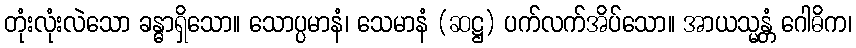
တုံးလုံးလဲသော ခန္ဓာရှိသော။ သောပ္ပမာနံ၊ သေမာနံ (ဆဋ္ဌ) ပက်လက်အိပ်သော။ အာယသ္မန္တံ ဂေါဓိက၊